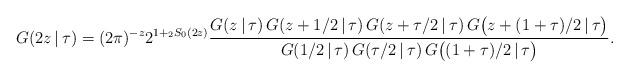
LaTeX: \begin{align*}G(2z\,|\,\tau) = (2\pi)^{-z} 2^{1+{}_2 S_0(2z)}\frac{G(z\,|\,\tau)\, G(z+1/2\,|\,\tau) \, G(z+\tau/2\,|\,\tau)\,G\bigl(z+(1+\tau)/2\,|\,\tau\bigr)} {G(1/2\,|\,\tau) \,G(\tau/2\,|\,\tau) \,G\bigl((1+\tau)/2\,|\,\tau\bigr)}.\end{align*}